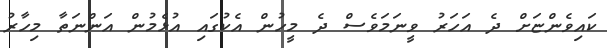
ކައިވެންޏަށް ދެ އަހަރު ވީނަމަވެސް ދެ މީހުން އެކުގައި އުޅެމުން އަންނަތާ މިހާރު